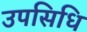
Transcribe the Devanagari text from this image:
उपसिधि